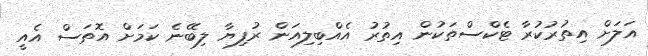
އަލަށް އިތުރުކުރާ ޓެކްސްތަކުން އިތުރު އެއްބިލިއަން ރުފިޔާ ލިބޭނެ ކަމަށް އޮތަސް އެއީ